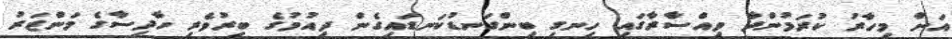
އަށް މިހާރު ކުރަމުންދާ ވިއްސާރާގައި ހިނގި ބިންގަނޑުކަނޑައިގެން ދިއުމުގެ ބިރުވެރި ހާދިސާގެ މަންޒަރު